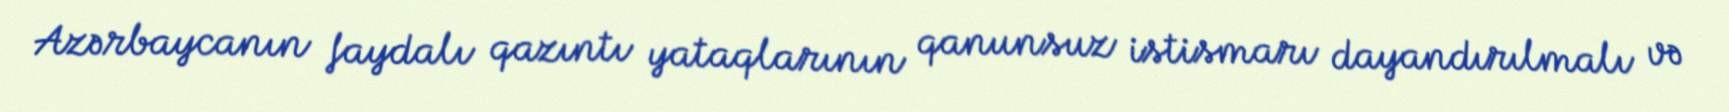
Azərbaycanın faydalı qazıntı yataqlarının qanunsuz istismarı dayandırılmalı və